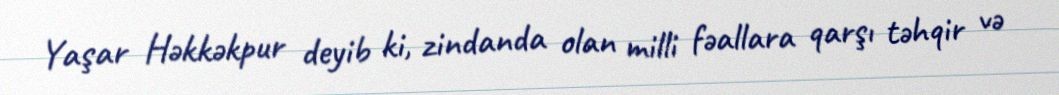
Yaşar Həkkəkpur deyib ki, zindanda olan milli fəallara qarşı təhqir və